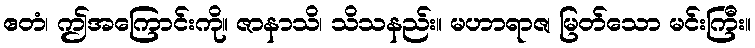
ဧတံ၊ ဤအကြောင်းကို။ ဇာနာသိ၊ သိသနည်း။ မဟာရာဇ၊ မြတ်သော မင်းကြီး။